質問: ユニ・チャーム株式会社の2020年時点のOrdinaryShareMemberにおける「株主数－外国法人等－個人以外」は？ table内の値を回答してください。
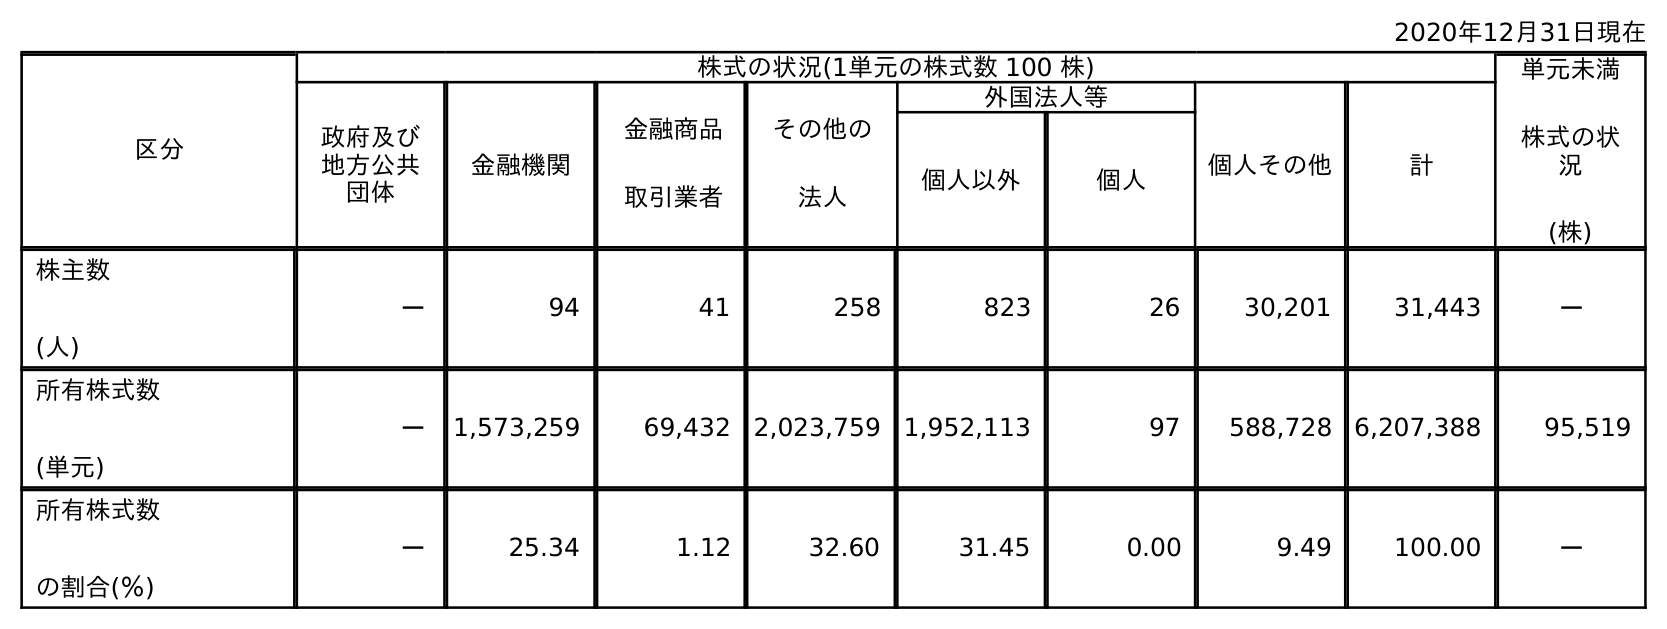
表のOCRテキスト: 2020年12月31日現在 区分 株式の状況(1単元の株式数 100 株) 単元未満 株式の状 況 (株) 政府及び 地方公共 団体 金融機関 金融商品 取引業者 その他の 法人 外国法人等 個人その他 計 個人以外 個人 株主数 (人) － 94 41 258 823 26 30,201 31,443 － 所有株式数 (単元) － 1,573,259 69,432 2,023,759 1,952,113 97 588,728 6,207,388 95,519 所有株式数 の割合(％) － 25.34 1.12 32.60 31.45 0.00 9.49 100.00 －
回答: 823